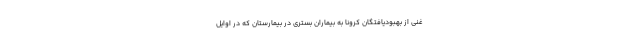
غنی از بهبودیافتگان کرونا به بیماران بستری در بیمارستان که در اوایل